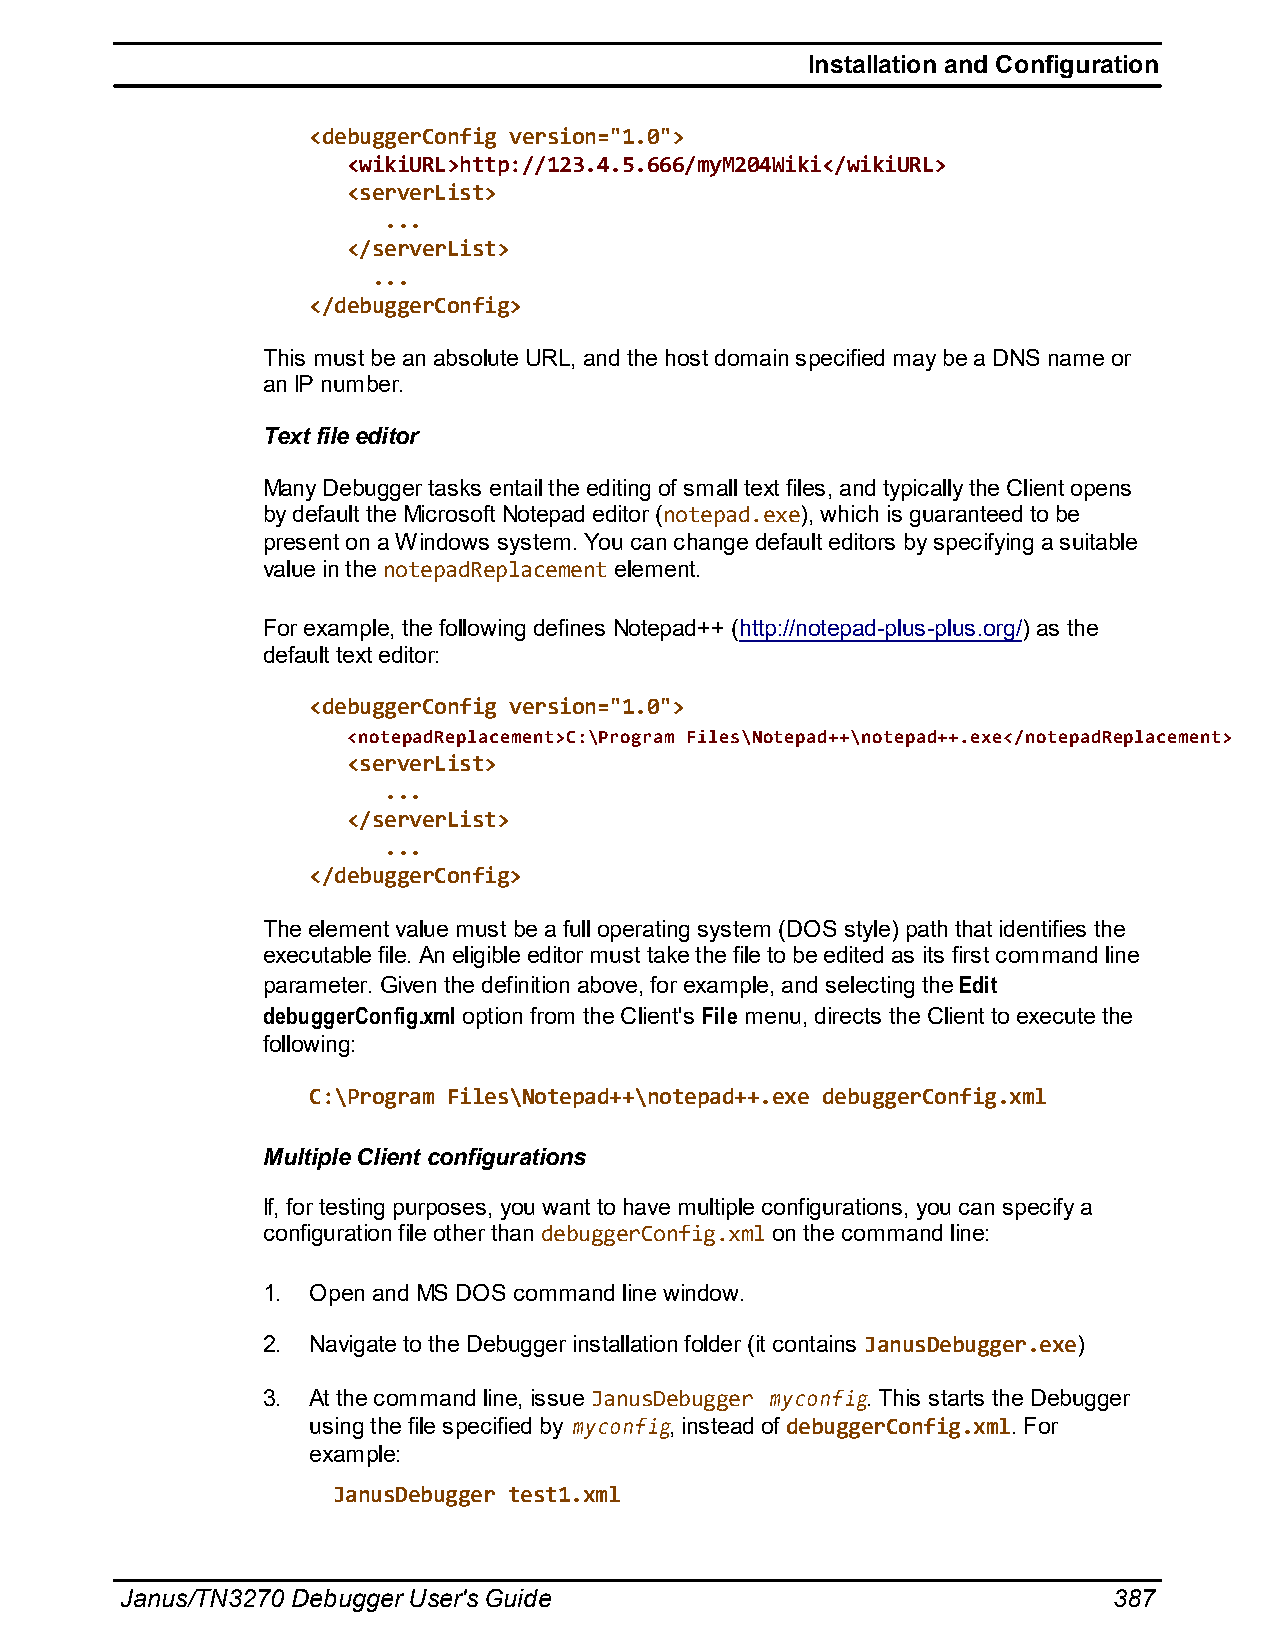
Installation and Configuration
 <debuggerConfig version="1.0">
 <wikiURL>http://123.4.5.666/myM204Wiki</wikiURL>
 <serverList>
 ...
 </serverList>
 ...
 </debuggerConfig>
 This must be an absolute URL, and the host domain specified may be a DNS name or
 an IP number.
 Text file editor
 Many Debugger tasks entail the editing of small text files, and typically the Client opens
 by default the Microsoft Notepad editor (notepad.exe), which is guaranteed to be
 present on a Windows system. You can change default editors by specifying a suitable
 value in the notepadReplacement element.
 For example, the following defines Notepad++ (http://notepad-plus-plus.org/) as the
 default text editor:
 <debuggerConfig version="1.0">
 <notepadReplacement>C:\Program Files\Notepad++\notepad++.exe</notepadReplacement>
 <serverList>
 ...
 </serverList>
 ...
 </debuggerConfig>
 The element value must be a full operating system (DOS style) path that identifies the
 executable file. An eligible editor must take the file to be edited as its first command line
 parameter. Given the definition above, for example, and selecting the Edit
 debuggerConfig.xml option from the Client's File menu, directs the Client to execute the
 following:
 C:\Program Files\Notepad++\notepad++.exe debuggerConfig.xml
 Multiple Client configurations
 If, for testing purposes, you want to have multiple configurations, you can specify a
 configuration file other than debuggerConfig.xml on the command line:
 1. Open and MS DOS command line window.
 2. Navigate to the Debugger installation folder (it contains JanusDebugger.exe)
 3. At the command line, issue JanusDebugger myconfig. This starts the Debugger
 using the file specified by myconfig, instead of debuggerConfig.xml. For
 example:
 JanusDebugger test1.xml
 Janus/TN3270 Debugger User's Guide                                387